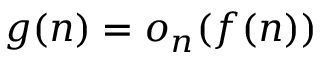
g ( n ) = o _ { n } ( f ( n ) )